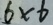
6 \times 6